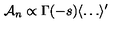
{ \cal A } _ { n } \propto \Gamma ( - s ) \langle \dots \rangle ^ { \prime }